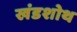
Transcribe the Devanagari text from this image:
खंडशोथ